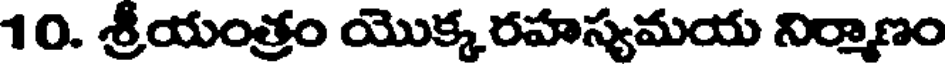
10. శ్రీయంత్రం యొక్కరహస్యమయ నిర్మాణం